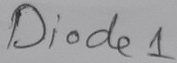
Text: Diode1